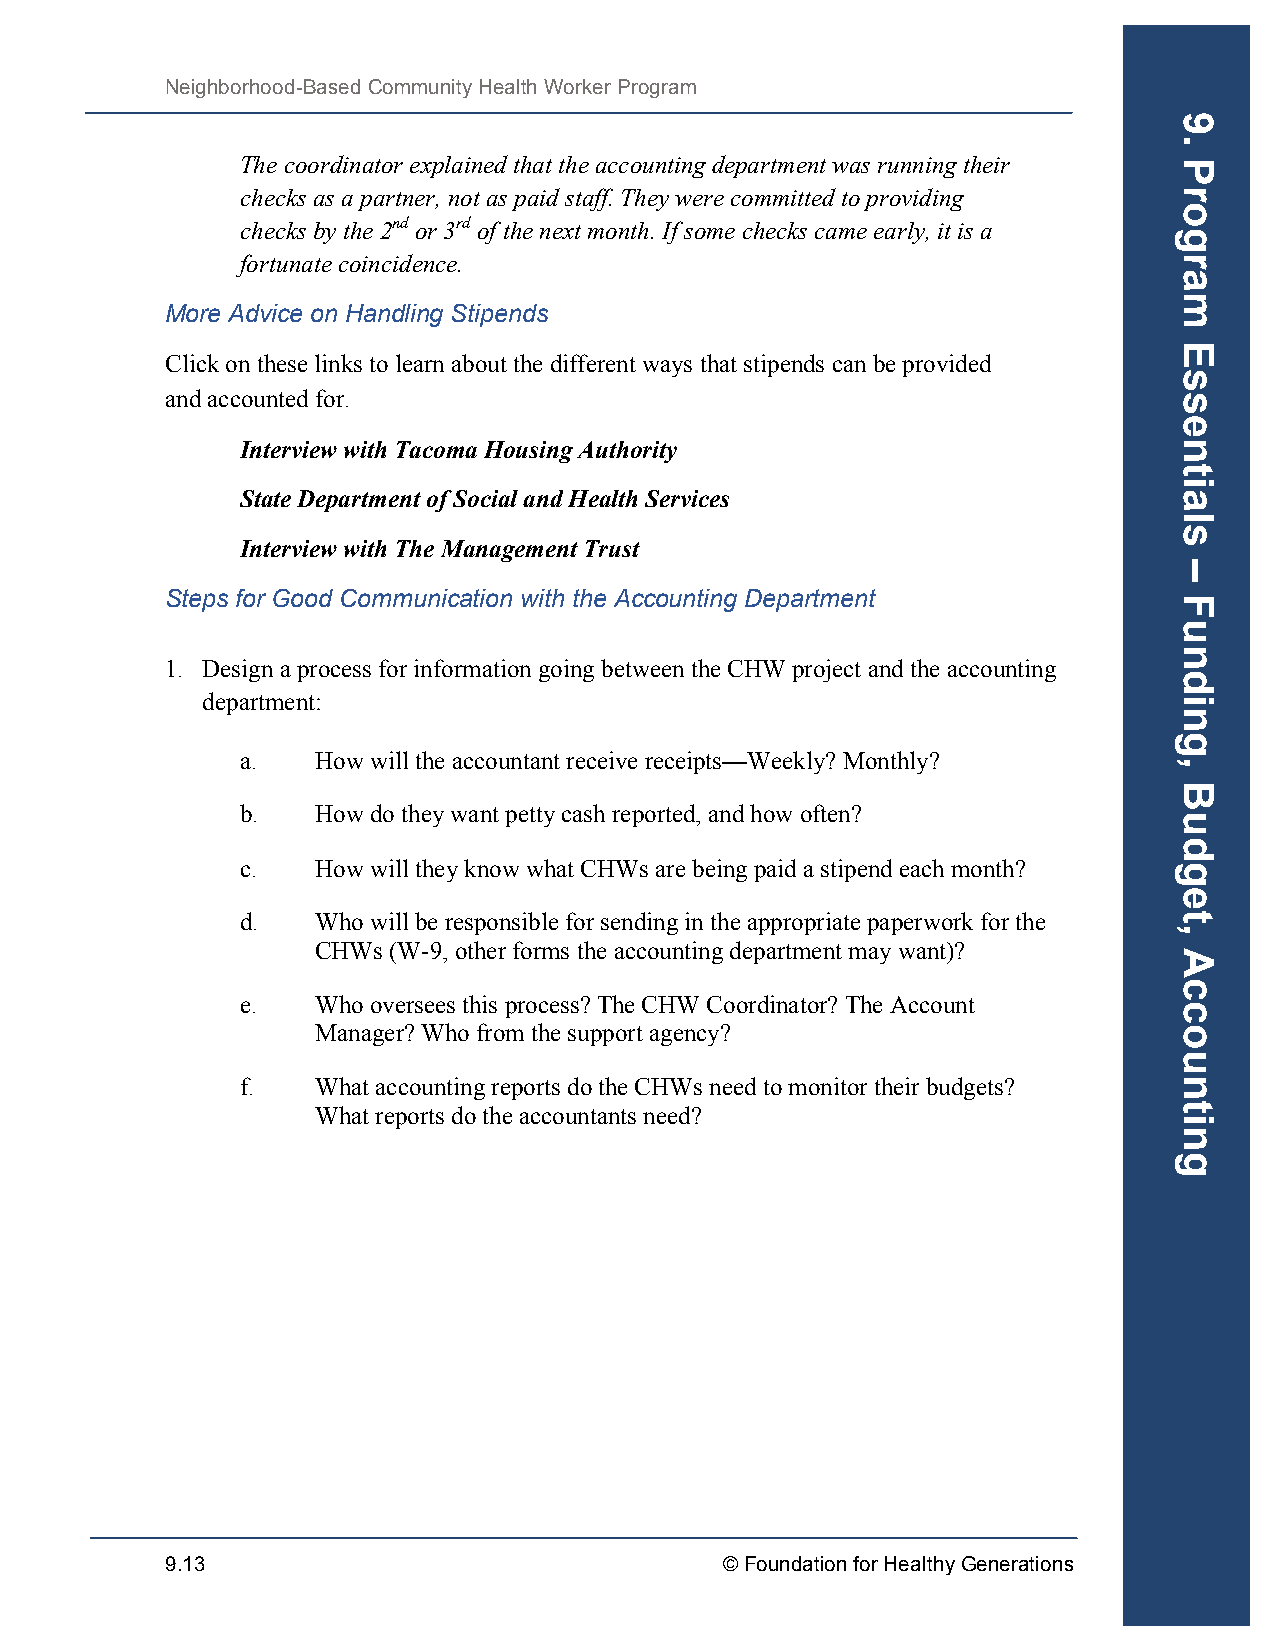
Neighborhood-Based Community Health Worker Program
 The coordinator explained that the accounting department was running their
 checks as a partner, not as paid staff. They were committed to providing
 checks by the 2nd or 3rd of the next month. If some checks came early, it is a
 fortunate coincidence.
 More Advice on Handling Stipends
 Click on these links to learn about the different ways that stipends can be provided
 and accounted for.
 Interview with Tacoma Housing Authority
 State Department of Social and Health Services
 Interview with The Management Trust
 Steps for Good Communication with the Accounting Department
 1. Design a process for information going between the CHW project and the accounting
 department:
 a.   How will the accountant receive receipts—Weekly? Monthly?
 b.   How do they want petty cash reported, and how often?
 c.   How will they know what CHWs are being paid a stipend each month?
 d.   Who will be responsible for sending in the appropriate paperwork for the
 CHWs (W-9, other forms the accounting department may want)?
 e.   Who oversees this process? The CHW Coordinator? The Account
 Manager? Who from the support agency?
 f.   What accounting reports do the CHWs need to monitor their budgets?
 What reports do the accountants need?
 9.13                                 © Foundation for Healthy Generations
 9.
 Program
 Essentials
 –
 Funding,
 Budget,
 Accounting